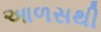
આળસથી